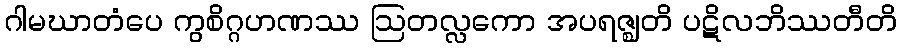
ဂါမဃာတံပေ ကွစိဂ္ဂဟဏဿ ဩတလ္လကော အပရဇ္ဈတိ ပဋိလဘိဿတီတိ